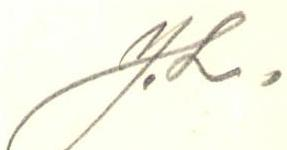
Y.L.